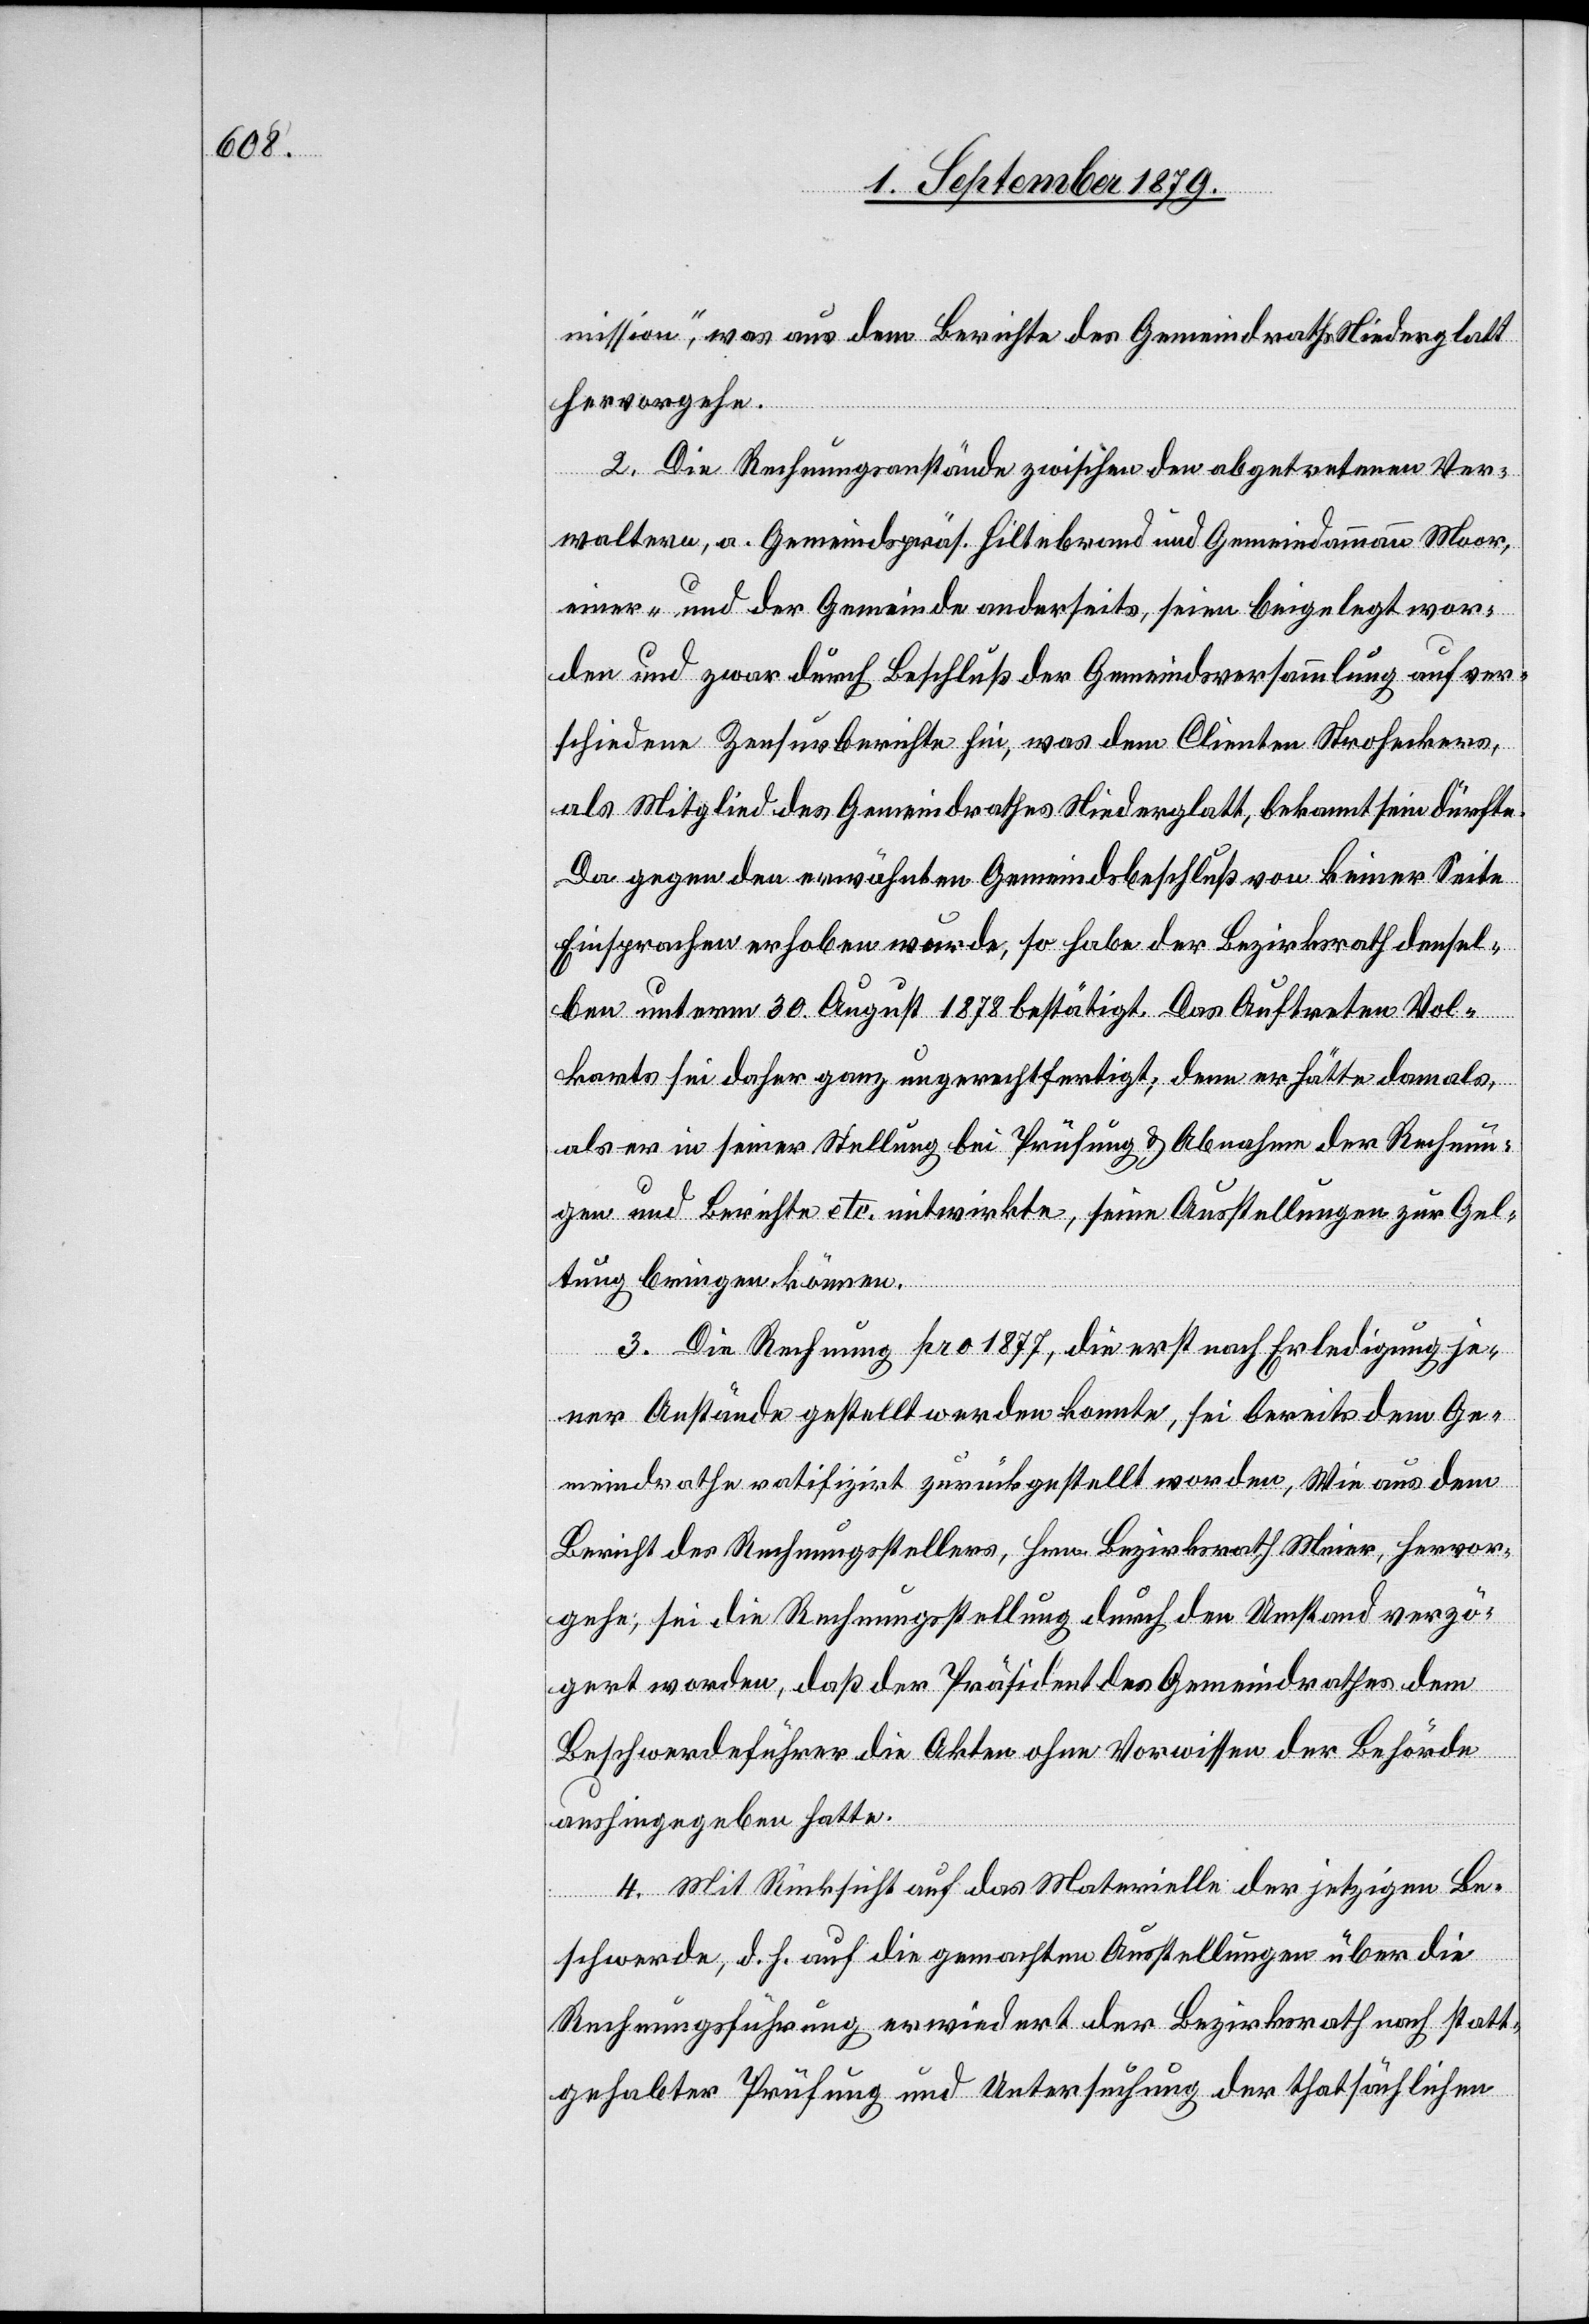
mission“, was aus dem Berichte des Gemeindraths Niederglatt
hervorgehe.
2. Die Rechnungsanstände zwischen den abgetretenen Ver¬
waltern, a. Gemeindspräs. Hiltebrand und Gemeindammann Moor,
einer- und der Gemeinde anderseits, seien beigelegt wor¬
den und zwar durch Beschluß der Gemeindsversammlung auf ver¬
schiedene Zensurberichte hin, was dem Clienten Strohekers,
als Mitglied des Gemeindrathes Niederglatt, bekannt sein dürfte.
Da gegen den erwähnten Gemeindsbeschluß von keiner Seite
Einsprachen erhoben wurde, so habe der Bezirksrath densel¬
ben unterm 30. August 1878 bestätigt. Das Auftreten Vol¬
karts sei daher ganz ungerechtfertigt; denn er hätte damals,
als er in seiner Stellung bei Prüfung & Abnahme der Rechnun¬
gen und Berichte etc. mitwirkte, seine Ausstellungen zur Gel¬
tung bringen können.
3. Die Rechnung pro 1877, die erst nach Erledigung je¬
ner Anstände gestellt werden konnte, sei bereits dem Ge¬
meindrathe ratifizirt zurückgestellt worden, wie aus dem
Bericht des Rechnungsstellers, Hrn. Bezirksrath Meier, hervor¬
gehe; sei die Rechnungsstellung durch den Umstand verzö¬
gert worden, daß der Präsident des Gemeindrathes dem
Beschwerdeführer die Akten ohne Vorwissen der Behörde
aushingegeben hatte.
4. Mit Rücksicht auf das Materielle der jetzigen Be¬
schwerde, d. h. auf die gemachten Ausstellungen über die
Rechnungsführung erwiedert der Bezirksrath nach statt¬
gehabter Prüfung und Untersuchung der thatsächlichen